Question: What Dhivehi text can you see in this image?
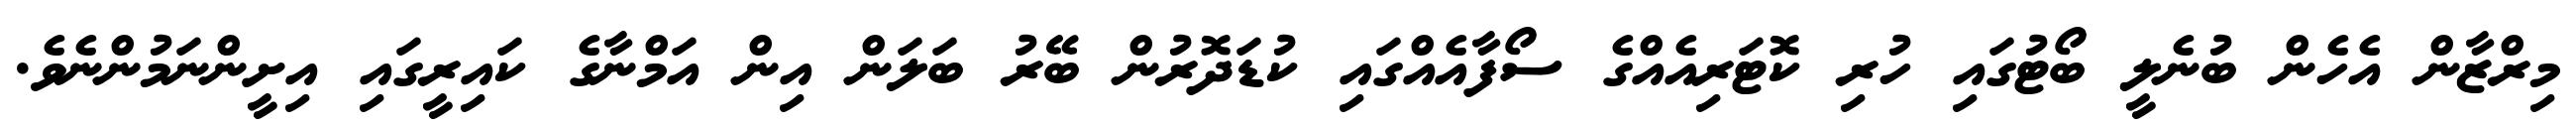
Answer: މިރްޒާން އެހެން ބުނެލީ ބޯޓުގައި ހުރި ކޮޓަރިއެއްގެ ސޯފާއެއްގައި ކުޑަދޮރުން ބޭރު ބަލަން އިން އަމްނާގެ ކައިރީގައި އިށީންނަމުންނެވެ.